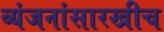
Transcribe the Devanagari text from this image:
व्यंजनांसारखीच